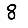
Digit: 8